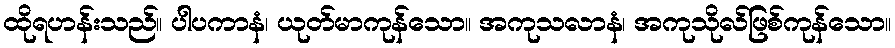
ထိုရဟန်းသည်။ ပါပကာနံ၊ ယုတ်မာကုန်သော။ အကုသလာနံ၊ အကုသိုလ်ဖြစ်ကုန်သော။